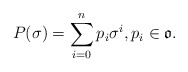
\begin{align*}P(\sigma)=\sum_{i=0}^n p_i\sigma^i,p_i\in \mathfrak{o}.\end{align*}